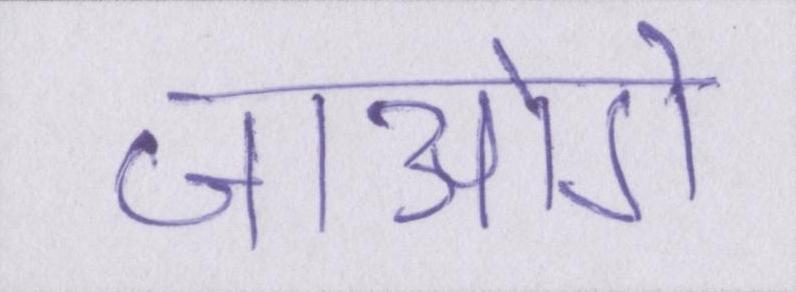
जाओगे